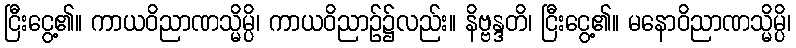
ငြီးငွေ့၏။ ကာယဝိညာဏသ္မိမ္ပိ၊ ကာယဝိညာဉ်၌လည်း။ နိဗ္ဗန္ဒတိ၊ ငြီးငွေ့၏။ မနောဝိညာဏသ္မိမ္ပိ၊